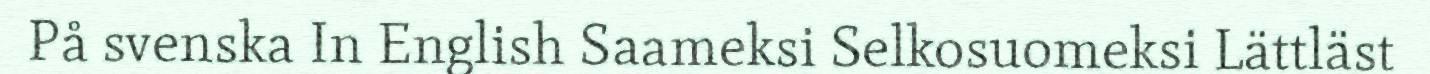
På svenska In English Saameksi Selkosuomeksi Lättläst